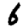
Digit: 6